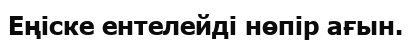
Еңіске ентелейді нөпір ағын.